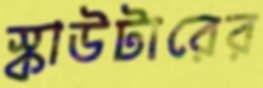
স্কাউটারের